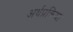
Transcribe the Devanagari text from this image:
अर्थप्रक्रिया